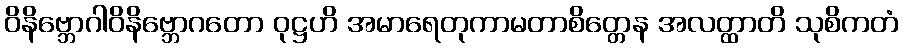
ဝိနိဗ္ဘောဂါဝိနိဗ္ဘောဂတော ဝုဋ္ဌဟိ အမာရေတုကာမတာစိတ္တေန အလတ္ထာတိ သုစိကတံ